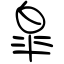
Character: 皐